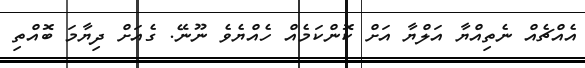
އެއްޗެއް ނެތިއްޔާ އަލްޔާ އަށް ކޮންކަމެއް ހެއްޔެވެ ނޫނޭ. ގެއަށް ދިޔާމަ ބޮއްތި